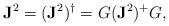
LaTeX: \begin{align*}\mathbf{J}^2 = (\mathbf{J}^2)^\dagger = G (\mathbf{J}^2)^+ G,\end{align*}